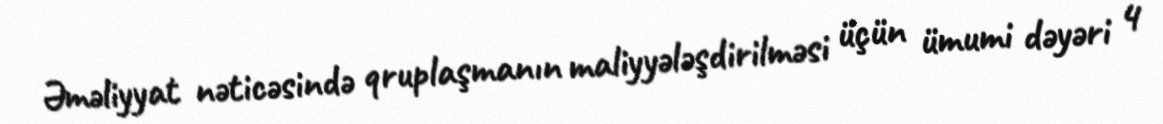
Əməliyyat nəticəsində qruplaşmanın maliyyələşdirilməsi üçün ümumi dəyəri 4